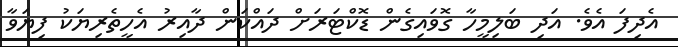
އެދިފަ އެވެ. އަދި ބަލިމީހާ ގޮވައިގެން ޑޮކްޓަރަށް ދައްކަން ދާއިރު އެހީތެރިޔަކު ފިޔަވާ